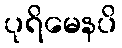
ပုရိမေနပိ